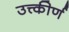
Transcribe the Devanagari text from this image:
उत्त्कीर्ण